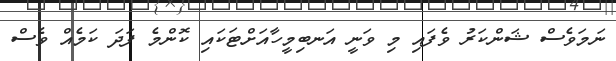
ނަމަވެސް ޝަންކަރު ވެފައި މި ވަނީ އަނބިމީހާއަށްޓަކައި ކޮންމެ ފަދަ ކަމެއް ވެސް